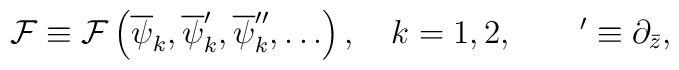
{\cal F}\equiv {\cal F}\left(\overline\psi_k,\overline\psi_k',\overline\psi_k'',\ldots\right),\quad k=1,2,\qquad '\equiv \partial_{\bar z},